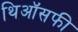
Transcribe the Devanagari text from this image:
थिऑसफी